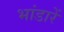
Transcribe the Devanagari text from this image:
भांडारें